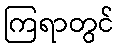
ကြရာတွင်